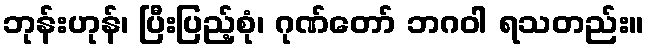
ဘုန်းဟုန်၊ ပြီးပြည့်စုံ၊ ဂုဏ်တော် ဘဂဝါ ရသတည်း။